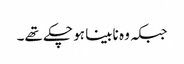
جبکہ وہ نابینا ہو چکے تھے۔